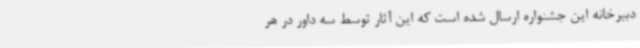
دبیرخانه این جشنواره ارسال شده است که این آثار توسط سه داور در هر